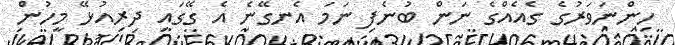
ހިންނަވަރުގެ ގެއެއްގެ ނަން ބުނެފި ނަމަ އެނގޭނެ އެ ގޭގައި ދިރިއުޅޭ މީހުން